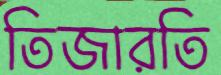
তিজারতি